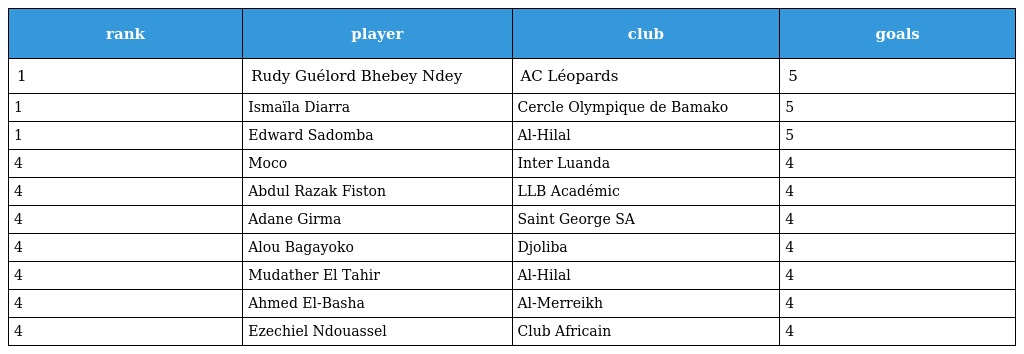
| rank | player | club | goals |
 | --- | --- | --- | --- |
 | 1 | Rudy Guélord Bhebey Ndey | AC Léopards | 5 |
 | 1 | Ismaïla Diarra | Cercle Olympique de Bamako | 5 |
 | 1 | Edward Sadomba | Al-Hilal | 5 |
 | 4 | Moco | Inter Luanda | 4 |
 | 4 | Abdul Razak Fiston | LLB Académic | 4 |
 | 4 | Adane Girma | Saint George SA | 4 |
 | 4 | Alou Bagayoko | Djoliba | 4 |
 | 4 | Mudather El Tahir | Al-Hilal | 4 |
 | 4 | Ahmed El-Basha | Al-Merreikh | 4 |
 | 4 | Ezechiel Ndouassel | Club Africain | 4 |